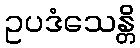
ဥပဒံသေန္တိ